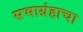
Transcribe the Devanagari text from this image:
सभाग्रंहाचा